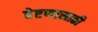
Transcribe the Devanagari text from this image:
वेष्टणासाठी